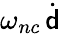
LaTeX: \omega_{nc}\, \dot{{\mathsf{d}}}